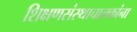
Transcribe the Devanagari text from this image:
शिक्षणसंस्थाचालकांना